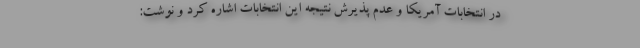
در انتخابات آمریکا و عدم پذیرش نتیجه این انتخابات ‌اشاره کرد و نوشت: